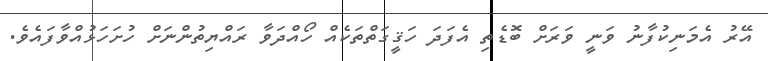
އޭރު އެމަނިކުފާނު ވަނީ ވަރަށް ބޮޑެތި އެފަދަ ހަޤީގަތްތަކެއް ހޯއްދަވާ ރައްޔިތުންނަށް ހުށަހަޅުއްވާފައެވެ.